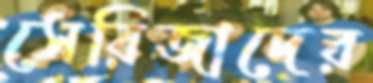
সেরিজাদের